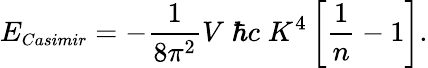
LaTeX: E_{\small Casimir}=-{\frac{1}{8\pi^{2}}}V\; \hbar c\; K^{4}\left[{\frac{1}{n}}-1\right].